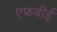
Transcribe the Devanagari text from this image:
एफबीई